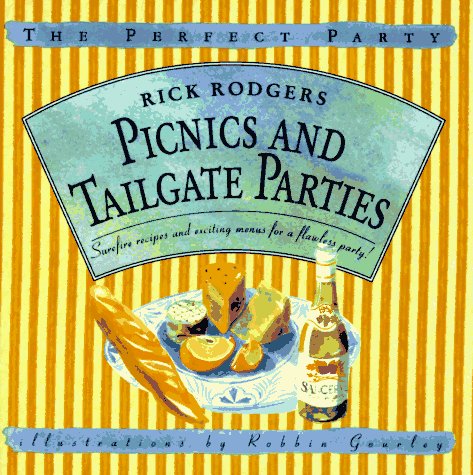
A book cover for Picnics and Tailgate Parties: Surefire Recipes and Exciting Menus for a Flawless Party! (The Perfect Party); Rick Rodgers; Cookbooks, Food & Wine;